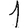
Digit: 1